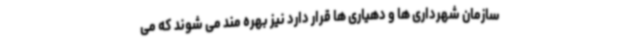
سازمان شهرداری ها و دهیاری ها قرار دارد نیز بهره مند می شوند که می